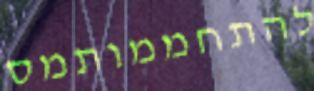
להתחממותמס